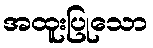
အထူးပြုသော